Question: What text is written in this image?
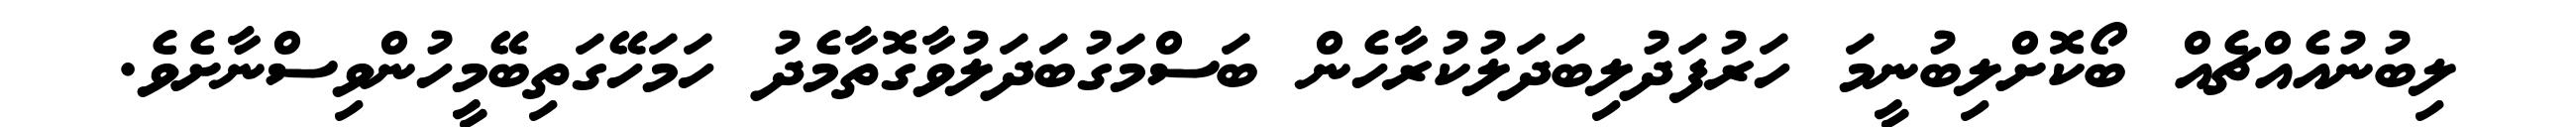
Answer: ލިބުނުއެއްޗެއް ބޯކޮށްލިބުނީމަ ހަރުފަދުލިބަދަލުކުރާހެން ބަސްމަގުބަދަލުވާގޮތާމެދު ހަމަހޭގަތިބޭމީހުންވިސްނާށެވެ.